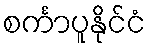
စင်္ကာပူနိုင်ငံ